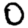
Digit: 0